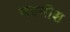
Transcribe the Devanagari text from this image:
मदनीश